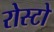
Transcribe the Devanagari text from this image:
रोस्टो